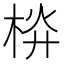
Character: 𣒁